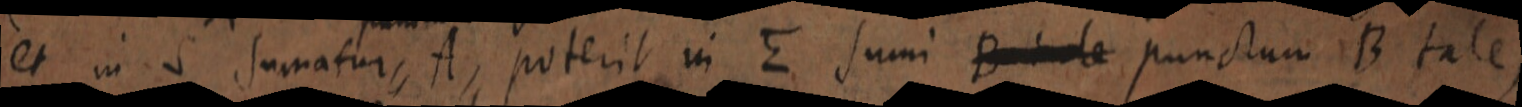
et in S sumatur A, poterit in E sumi B inde punctum B tale,